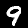
Label: 9